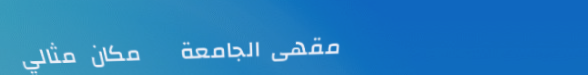
مقهى الجامعة   مكان مثالي